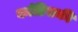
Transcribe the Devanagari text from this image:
कांडिसकी